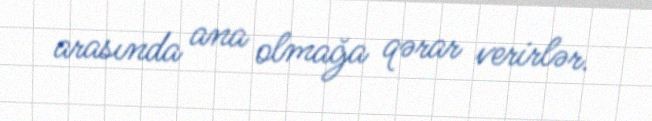
arasında ana olmağa qərar verirlər.